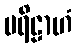
ပရိဠာဟံ